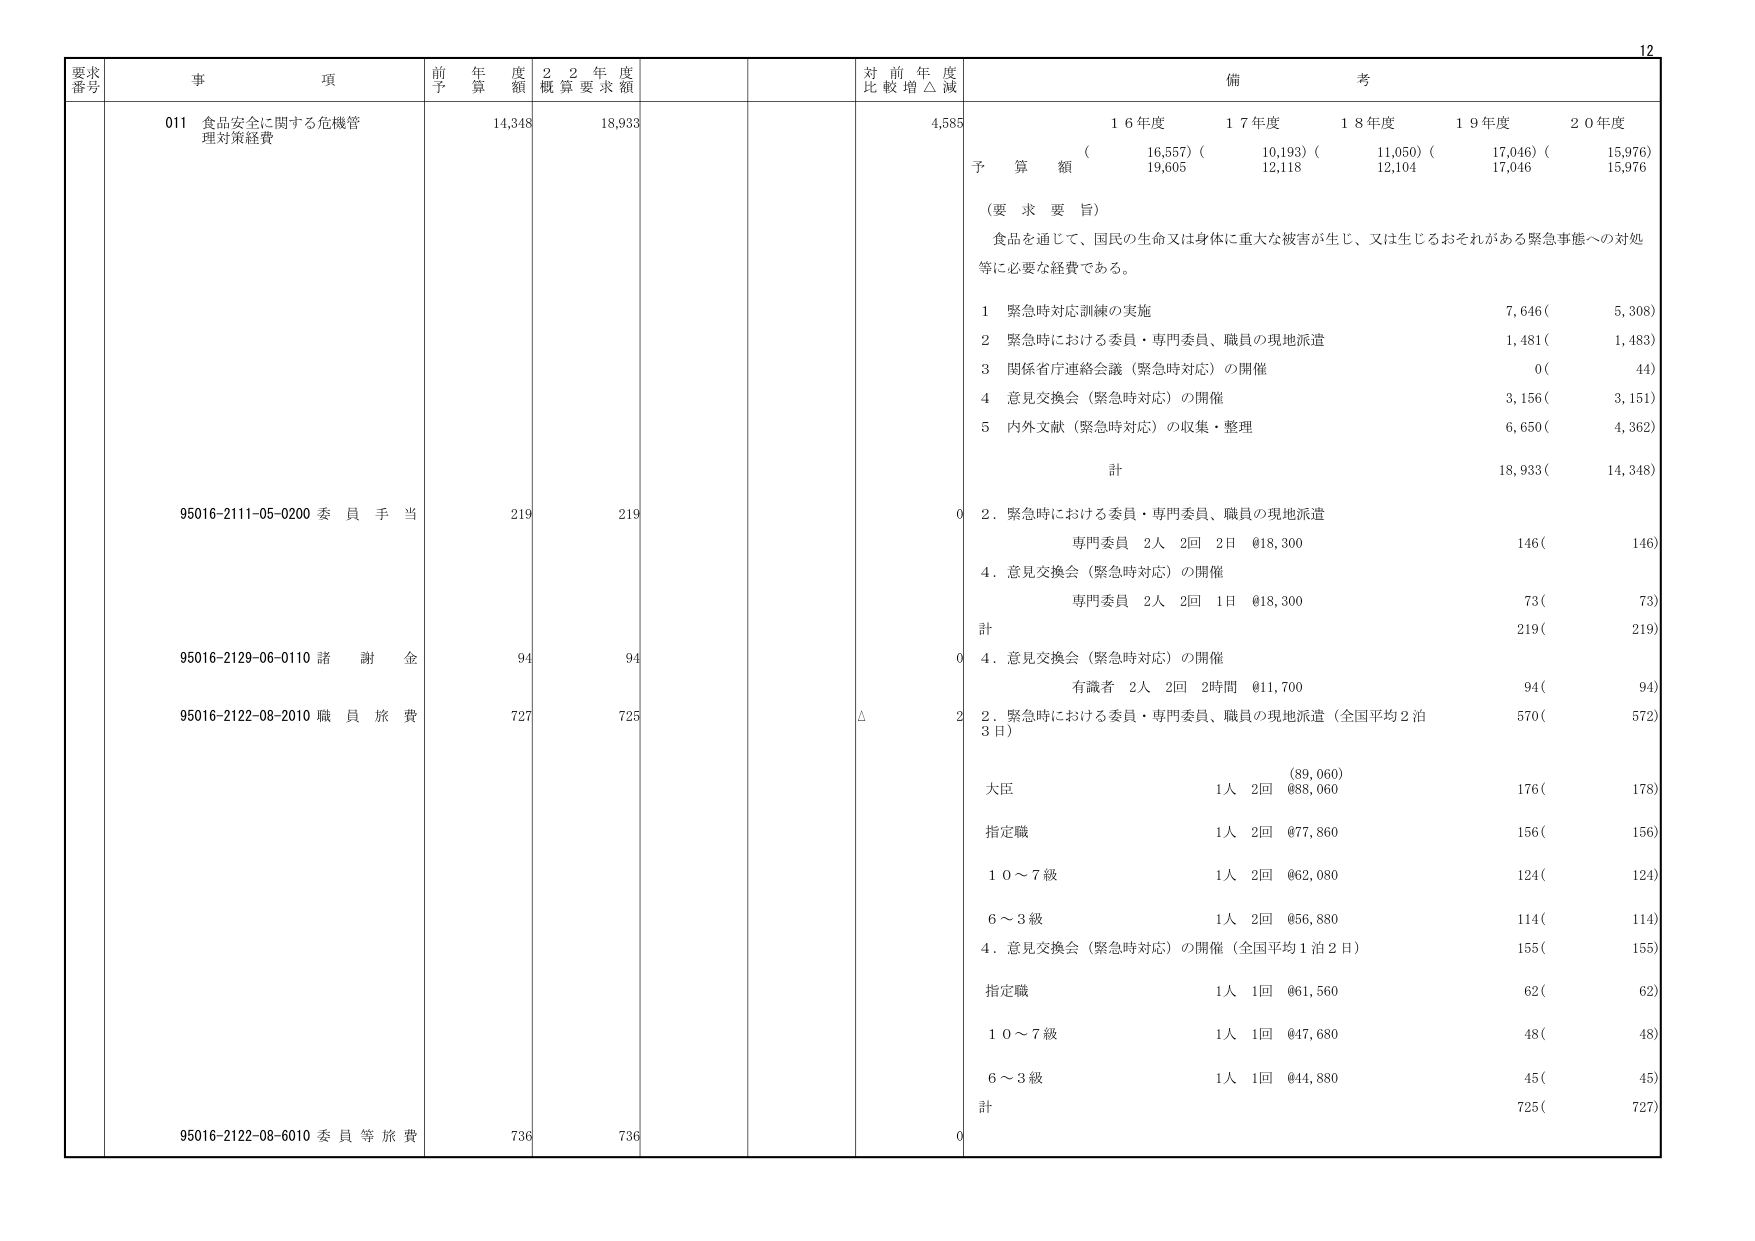
要求番号 事項 前年度予算額 2年度概算要求額 対前年度比較増△減 備考
011 食品安全に関する危機管理対策経費 14,348 18,933 4,585
（要 求 要 旨）
食品を通じて、国民の生命又は身体に重大な被害が生じ、又は生じるおそれがある緊急事態への対処等に必要な経費である。
1 緊急時対応訓練の実施 7,646( 5,308)
2 緊急時における委員・専門委員、職員の現地派遣 1,481( 1,483)
3 関係省庁連絡会議（緊急時対応）の開催 0( 44)
4 意見交換会（緊急時対応）の開催 3,156( 3,151)
5 内外文献（緊急時対応）の収集・整理 6,650( 4,362)
計 18,933( 14,348)
95016-2111-05-0200 委員手当 219 219 0 2. 緊急時における委員・専門委員、職員の現地派遣
専門委員 2人 2回 2日 @18,300 146( 146)
4. 意見交換会（緊急時対応）の開催
専門委員 2人 2回 1日 @18,300 73( 73)
計 219( 219)
95016-2129-06-0110 諸謝金 94 94 0 4. 意見交換会（緊急時対応）の開催
有識者 2人 2回 2時間 @11,700 94( 94)
95016-2122-08-2010 職員旅費 727 725 △ 2 2. 緊急時における委員・専門委員、職員の現地派遣（全国平均2泊3日）
(89,060)
大臣 1人 2回 @88,060 176( 178)
指定職 1人 2回 @77,860 156( 156)
10～7級 1人 2回 @62,080 124( 124)
6～3級 1人 2回 @56,880 114( 114)
4. 意見交換会（緊急時対応）の開催（全国平均1泊2日） 155( 155)
指定職 1人 1回 @61,560 62( 62)
10～7級 1人 1回 @47,680 48( 48)
6～3級 1人 1回 @44,880 45( 45)
計 725( 727)
95016-2122-08-6010 委員等旅費 736 736 0
16年度 17年度 18年度 19年度 20年度
( 16,557) ( 10,193) ( 11,050) ( 17,046) ( 15,976)
予算額 19,605 12,118 12,104 17,046 15,976